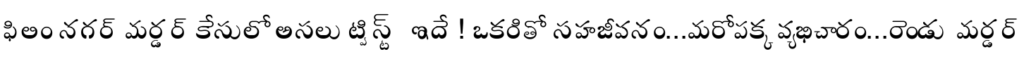
ఫిలిం నగర్ మర్డర్ కేసులో అసలు ట్విస్ట్ ఇదే ! ఒకరితో సహజీవనం...మరోపక్క వ్యభిచారం...రెండు మర్డర్